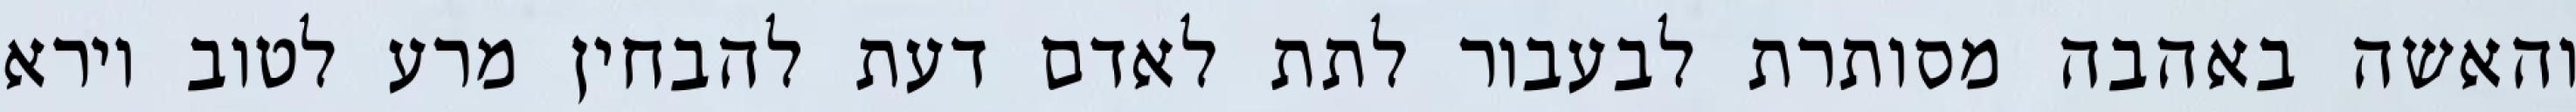
והאשה באהבה מסותרת לבעבור לתת לאדם דעת להבחין מרע לטוב וירא